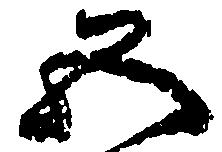
五